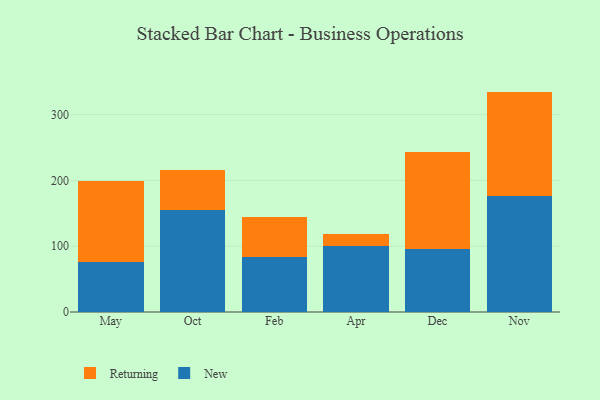
{"axis": {"x": "Month", "y": "Customer Acquisition Cost (USD)"}, "legend": ["New", "Returning"], "data": [{"x": "May", "y": 75.8, "type": "New"}, {"x": "May", "y": 122.9, "type": "Returning"}, {"x": "Oct", "y": 154.5, "type": "New"}, {"x": "Oct", "y": 62.1, "type": "Returning"}, {"x": "Feb", "y": 84.2, "type": "New"}, {"x": "Feb", "y": 60.2, "type": "Returning"}, {"x": "Apr", "y": 99.6, "type": "New"}, {"x": "Apr", "y": 18.7, "type": "Returning"}, {"x": "Dec", "y": 95.7, "type": "New"}, {"x": "Dec", "y": 148.0, "type": "Returning"}, {"x": "Nov", "y": 176.5, "type": "New"}, {"x": "Nov", "y": 158.5, "type": "Returning"}]}